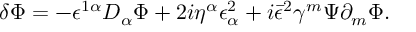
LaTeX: \delta \Phi = - \epsilon ^ { 1 \alpha } D _ { \alpha } \Phi + 2 i \eta ^ { \alpha } \epsilon _ { \alpha } ^ { 2 } + i \bar { \epsilon } ^ { 2 } \gamma ^ { m } \Psi \partial _ { m } \Phi .